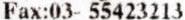
FAX:03- 55423213